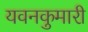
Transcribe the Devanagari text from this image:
यवनकुमारी